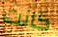
كانت